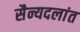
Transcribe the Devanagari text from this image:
सैन्यदलांत